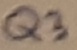
Text: Q3